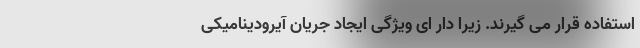
استفاده قرار می گیرند. زیرا دار ای ویژگی ایجاد جریان آیرودینامیکی